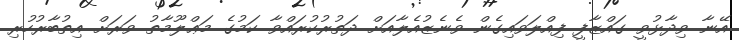
އޭނާ ވިދާޅުވީ ގައްޒާފީ ފިއްލަވައިގެން ވެނެޒުއެލާއަށް ދަތުރުކުރައްވާ ކަމުގެ މަޢްލޫމާތު ވަރަށް އިތުބާރުހުރި